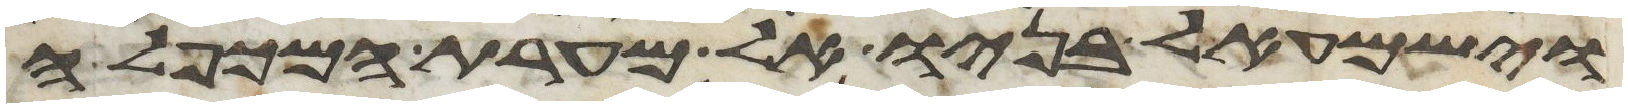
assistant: וישמעאל בניו אל מערת המכפלה